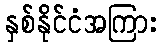
နှစ်နိုင်ငံအကြား